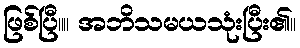
ဖြစ်ပြီ။။ အဘိသမယသုံးပြီး၏။